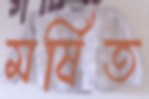
মর্ষিত